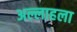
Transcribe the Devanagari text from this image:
अल्लाहला